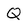
Character: Q